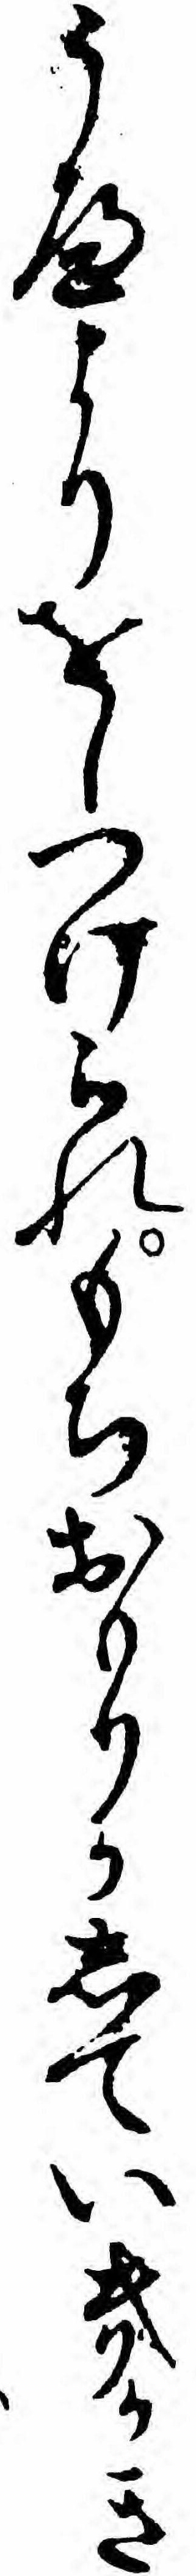
うへよりをしつけられもちおもりかしていきかき